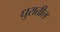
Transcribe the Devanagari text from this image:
धुरातील